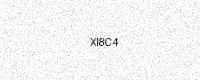
Text: XI8C4